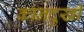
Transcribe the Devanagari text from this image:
कानदुखी